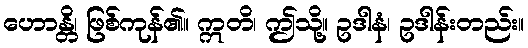
ဟောန္တိ၊ ဖြစ်ကုန်၏။ ဣတိ၊ ဤသို့။ ဥဒါနံ၊ ဥဒါန်းတည်း။